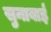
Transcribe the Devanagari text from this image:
सुनाबाई